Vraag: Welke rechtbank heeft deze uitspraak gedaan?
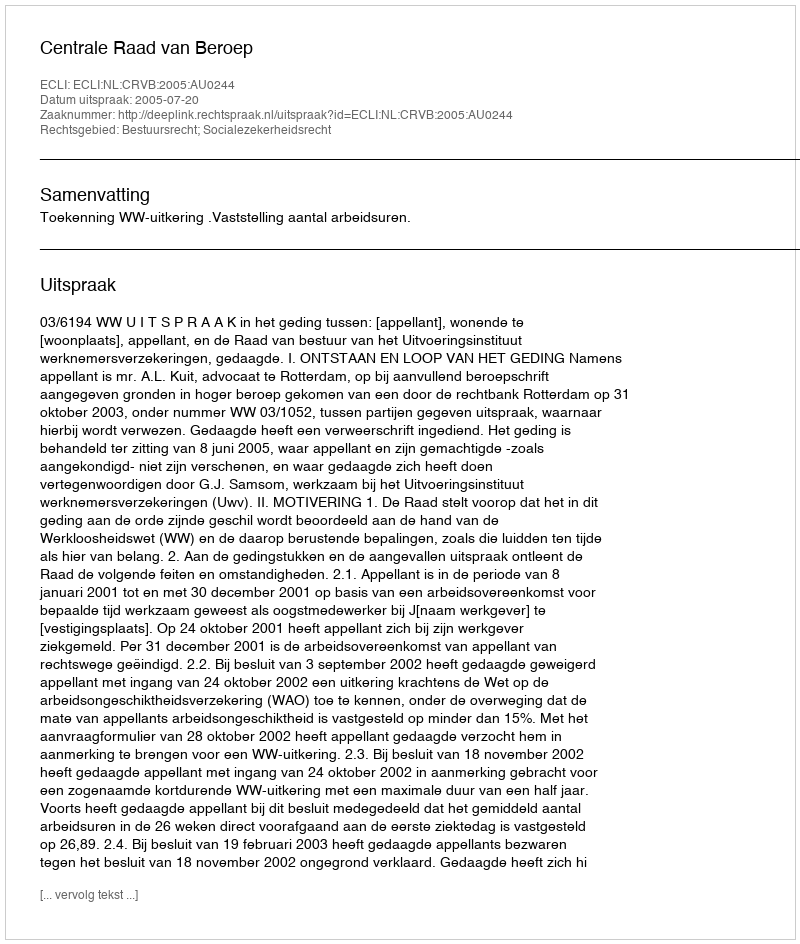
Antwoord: Centrale Raad van Beroep